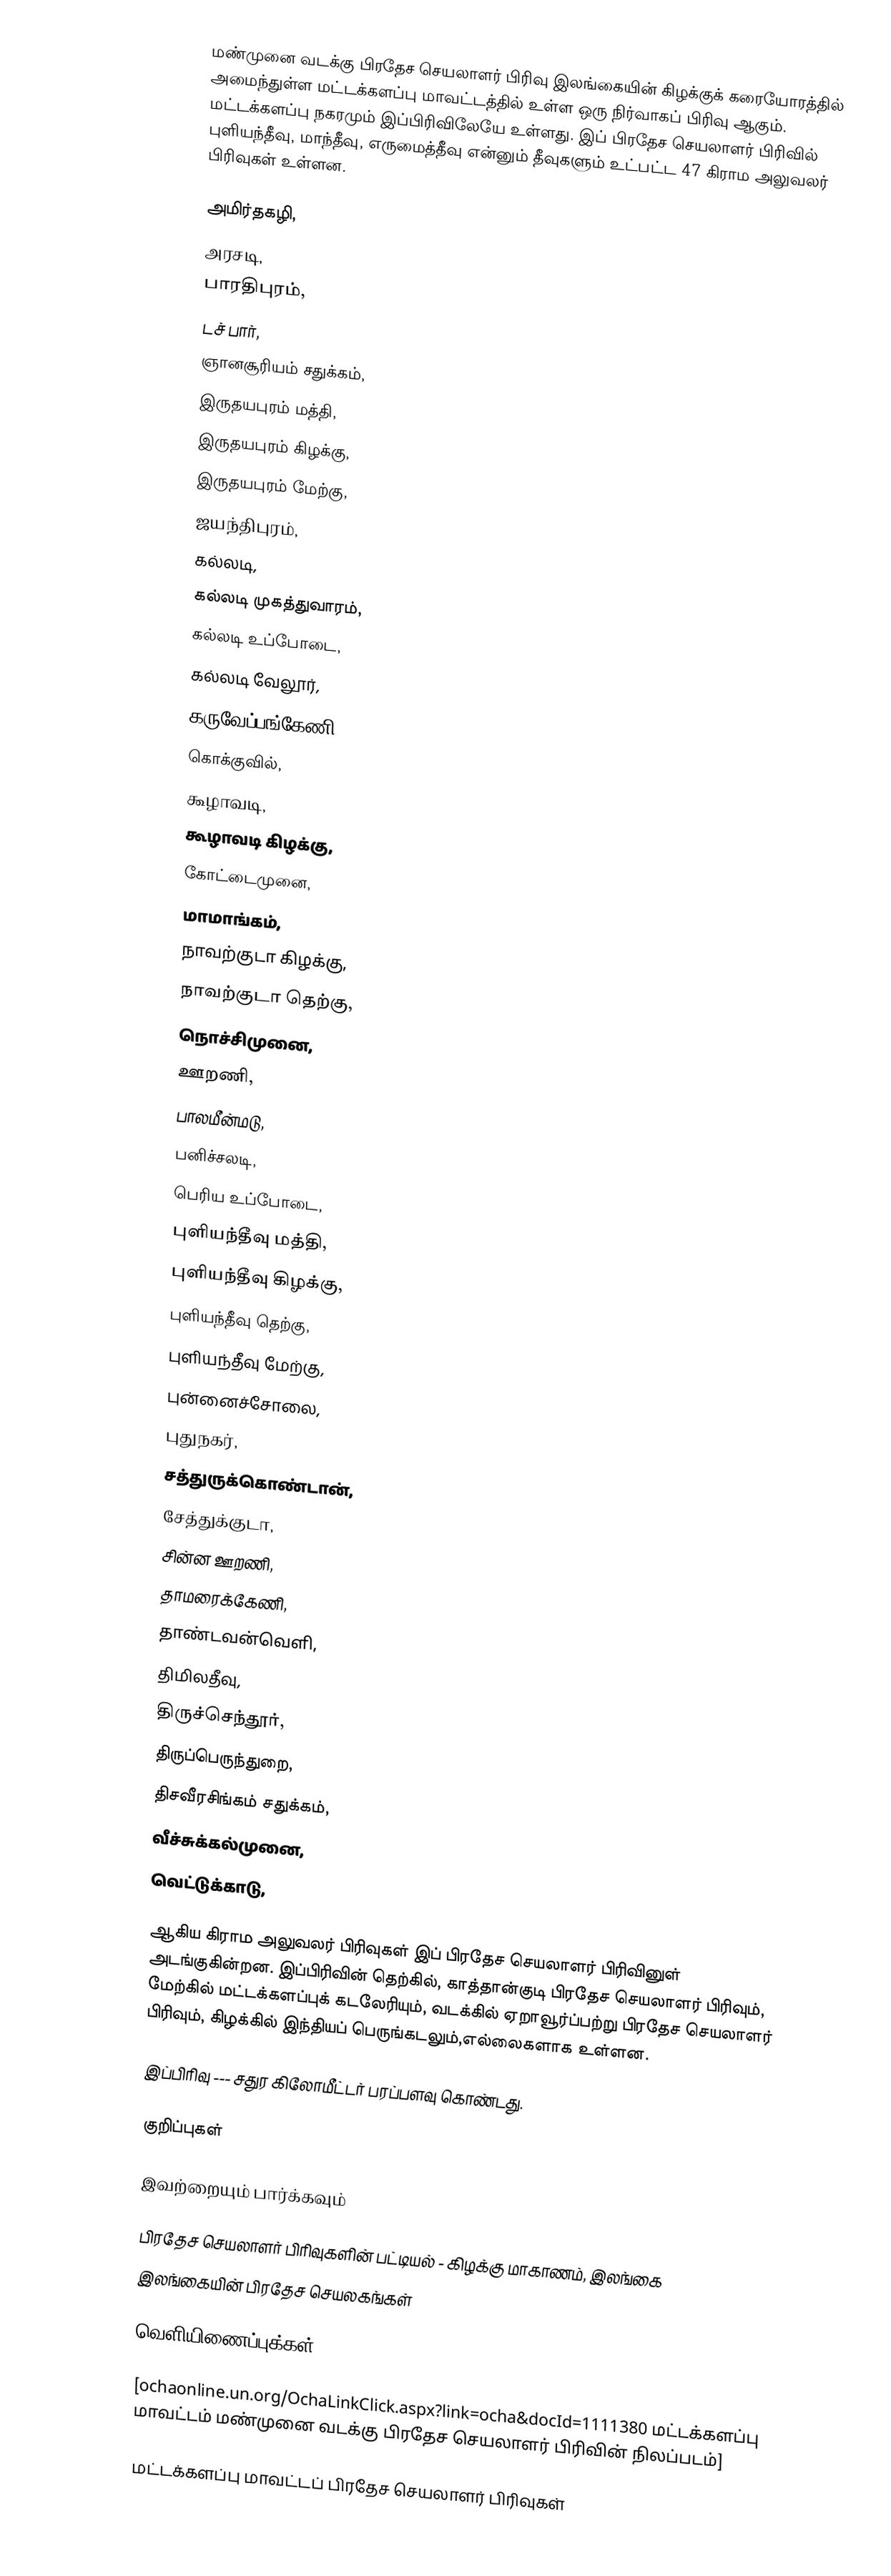
மண்முனை வடக்கு பிரதேச செயலாளர் பிரிவு இலங்கையின் கிழக்குக் கரையோரத்தில் அமைந்துள்ள மட்டக்களப்பு மாவட்டத்தில் உள்ள ஒரு நிர்வாகப் பிரிவு ஆகும். மட்டக்களப்பு நகரமும் இப்பிரிவிலேயே உள்ளது. இப் பிரதேச செயலாளர் பிரிவில் புளியந்தீவு, மாந்தீவு, எருமைத்தீவு என்னும் தீவுகளும் உட்பட்ட 47 கிராம அலுவலர் பிரிவுகள் உள்ளன.

 அமிர்தகழி,
 அரசடி,
 பாரதிபுரம்,
 டச் பார்,
 ஞானசூரியம் சதுக்கம்,
 இருதயபுரம் மத்தி,
 இருதயபுரம் கிழக்கு,
 இருதயபுரம் மேற்கு,
 ஜயந்திபுரம்,
 கல்லடி,
 கல்லடி முகத்துவாரம்,
 கல்லடி உப்போடை,
 கல்லடி வேலூர்,
 கருவேப்பங்கேணி,
 கொக்குவில்,
 கூழாவடி,
 கூழாவடி கிழக்கு,
 கோட்டைமுனை,
 மாமாங்கம்,
 நாவற்குடா கிழக்கு,
 நாவற்குடா தெற்கு,
 நொச்சிமுனை,
 ஊறணி,
 பாலமீன்மடு,
 பனிச்சலடி,
 பெரிய உப்போடை,
 புளியந்தீவு மத்தி,
 புளியந்தீவு கிழக்கு,
 புளியந்தீவு தெற்கு,
 புளியந்தீவு மேற்கு,
 புன்னைச்சோலை,
 புதுநகர்,
 சத்துருக்கொண்டான்,
 சேத்துக்குடா,
 சின்ன ஊறணி,
 தாமரைக்கேணி,
 தாண்டவன்வெளி,
 திமிலதீவு,
 திருச்செந்தூர்,
 திருப்பெருந்துறை,
 திசவீரசிங்கம் சதுக்கம்,
 வீச்சுக்கல்முனை,
 வெட்டுக்காடு,

ஆகிய கிராம அலுவலர் பிரிவுகள் இப் பிரதேச செயலாளர் பிரிவினுள் அடங்குகின்றன. இப்பிரிவின் தெற்கில், காத்தான்குடி பிரதேச செயலாளர் பிரிவும், மேற்கில் மட்டக்களப்புக் கடலேரியும், வடக்கில் ஏறாவூர்ப்பற்று பிரதேச செயலாளர் பிரிவும், கிழக்கில் இந்தியப் பெருங்கடலும்,எல்லைகளாக உள்ளன.

இப்பிரிவு --- சதுர கிலோமீட்டர் பரப்பளவு கொண்டது.

குறிப்புகள்

இவற்றையும் பார்க்கவும்

 பிரதேச செயலாளர் பிரிவுகளின் பட்டியல் - கிழக்கு மாகாணம், இலங்கை
 இலங்கையின் பிரதேச செயலகங்கள்

வெளியிணைப்புக்கள்

 [ochaonline.un.org/OchaLinkClick.aspx?link=ocha&docId=1111380 மட்டக்களப்பு மாவட்டம் மண்முனை வடக்கு  பிரதேச செயலாளர் பிரிவின் நிலப்படம்]

மட்டக்களப்பு மாவட்டப் பிரதேச செயலாளர் பிரிவுகள்